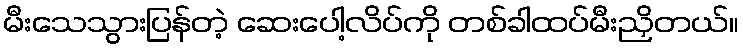
မီးသေသွားပြန်တဲ့ ဆေးပေါ့လိပ်ကို တစ်ခါထပ်မီးညှိတယ်။